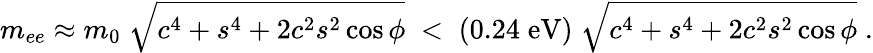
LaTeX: m_{ee}\approx m_{0}\; \sqrt{c^{4}+s^{4}+2c^{2}s^{2}\cos\phi}\; <\; (0.24\; \mathrm{eV})\; \sqrt{c^{4}+s^{4}+2c^{2}s^{2}\cos\phi}\; .